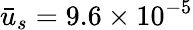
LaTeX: \bar{u}_{s}=9.6\times{10^{-5}}